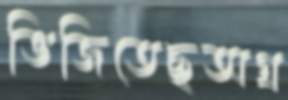
ভিজিতেছঅগ্র